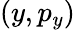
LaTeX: (y,p_{y})